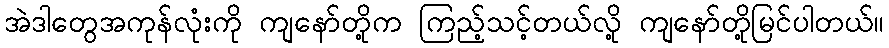
အဲဒါတွေအကုန်လုံးကို ကျနော်တို့က ကြည့်သင့်တယ်လို့ ကျနော်တို့မြင်ပါတယ်။